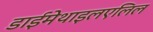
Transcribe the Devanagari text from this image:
डाईमेथाइलएलिल